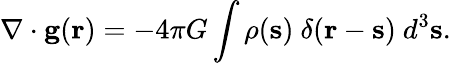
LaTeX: \nabla\cdot\mathbf{g}(\mathbf{r})=-4\pi G\int\rho(\mathbf{s})\ \delta(\mathbf{r}-\mathbf{s})\ d^{3}\mathbf{s}.